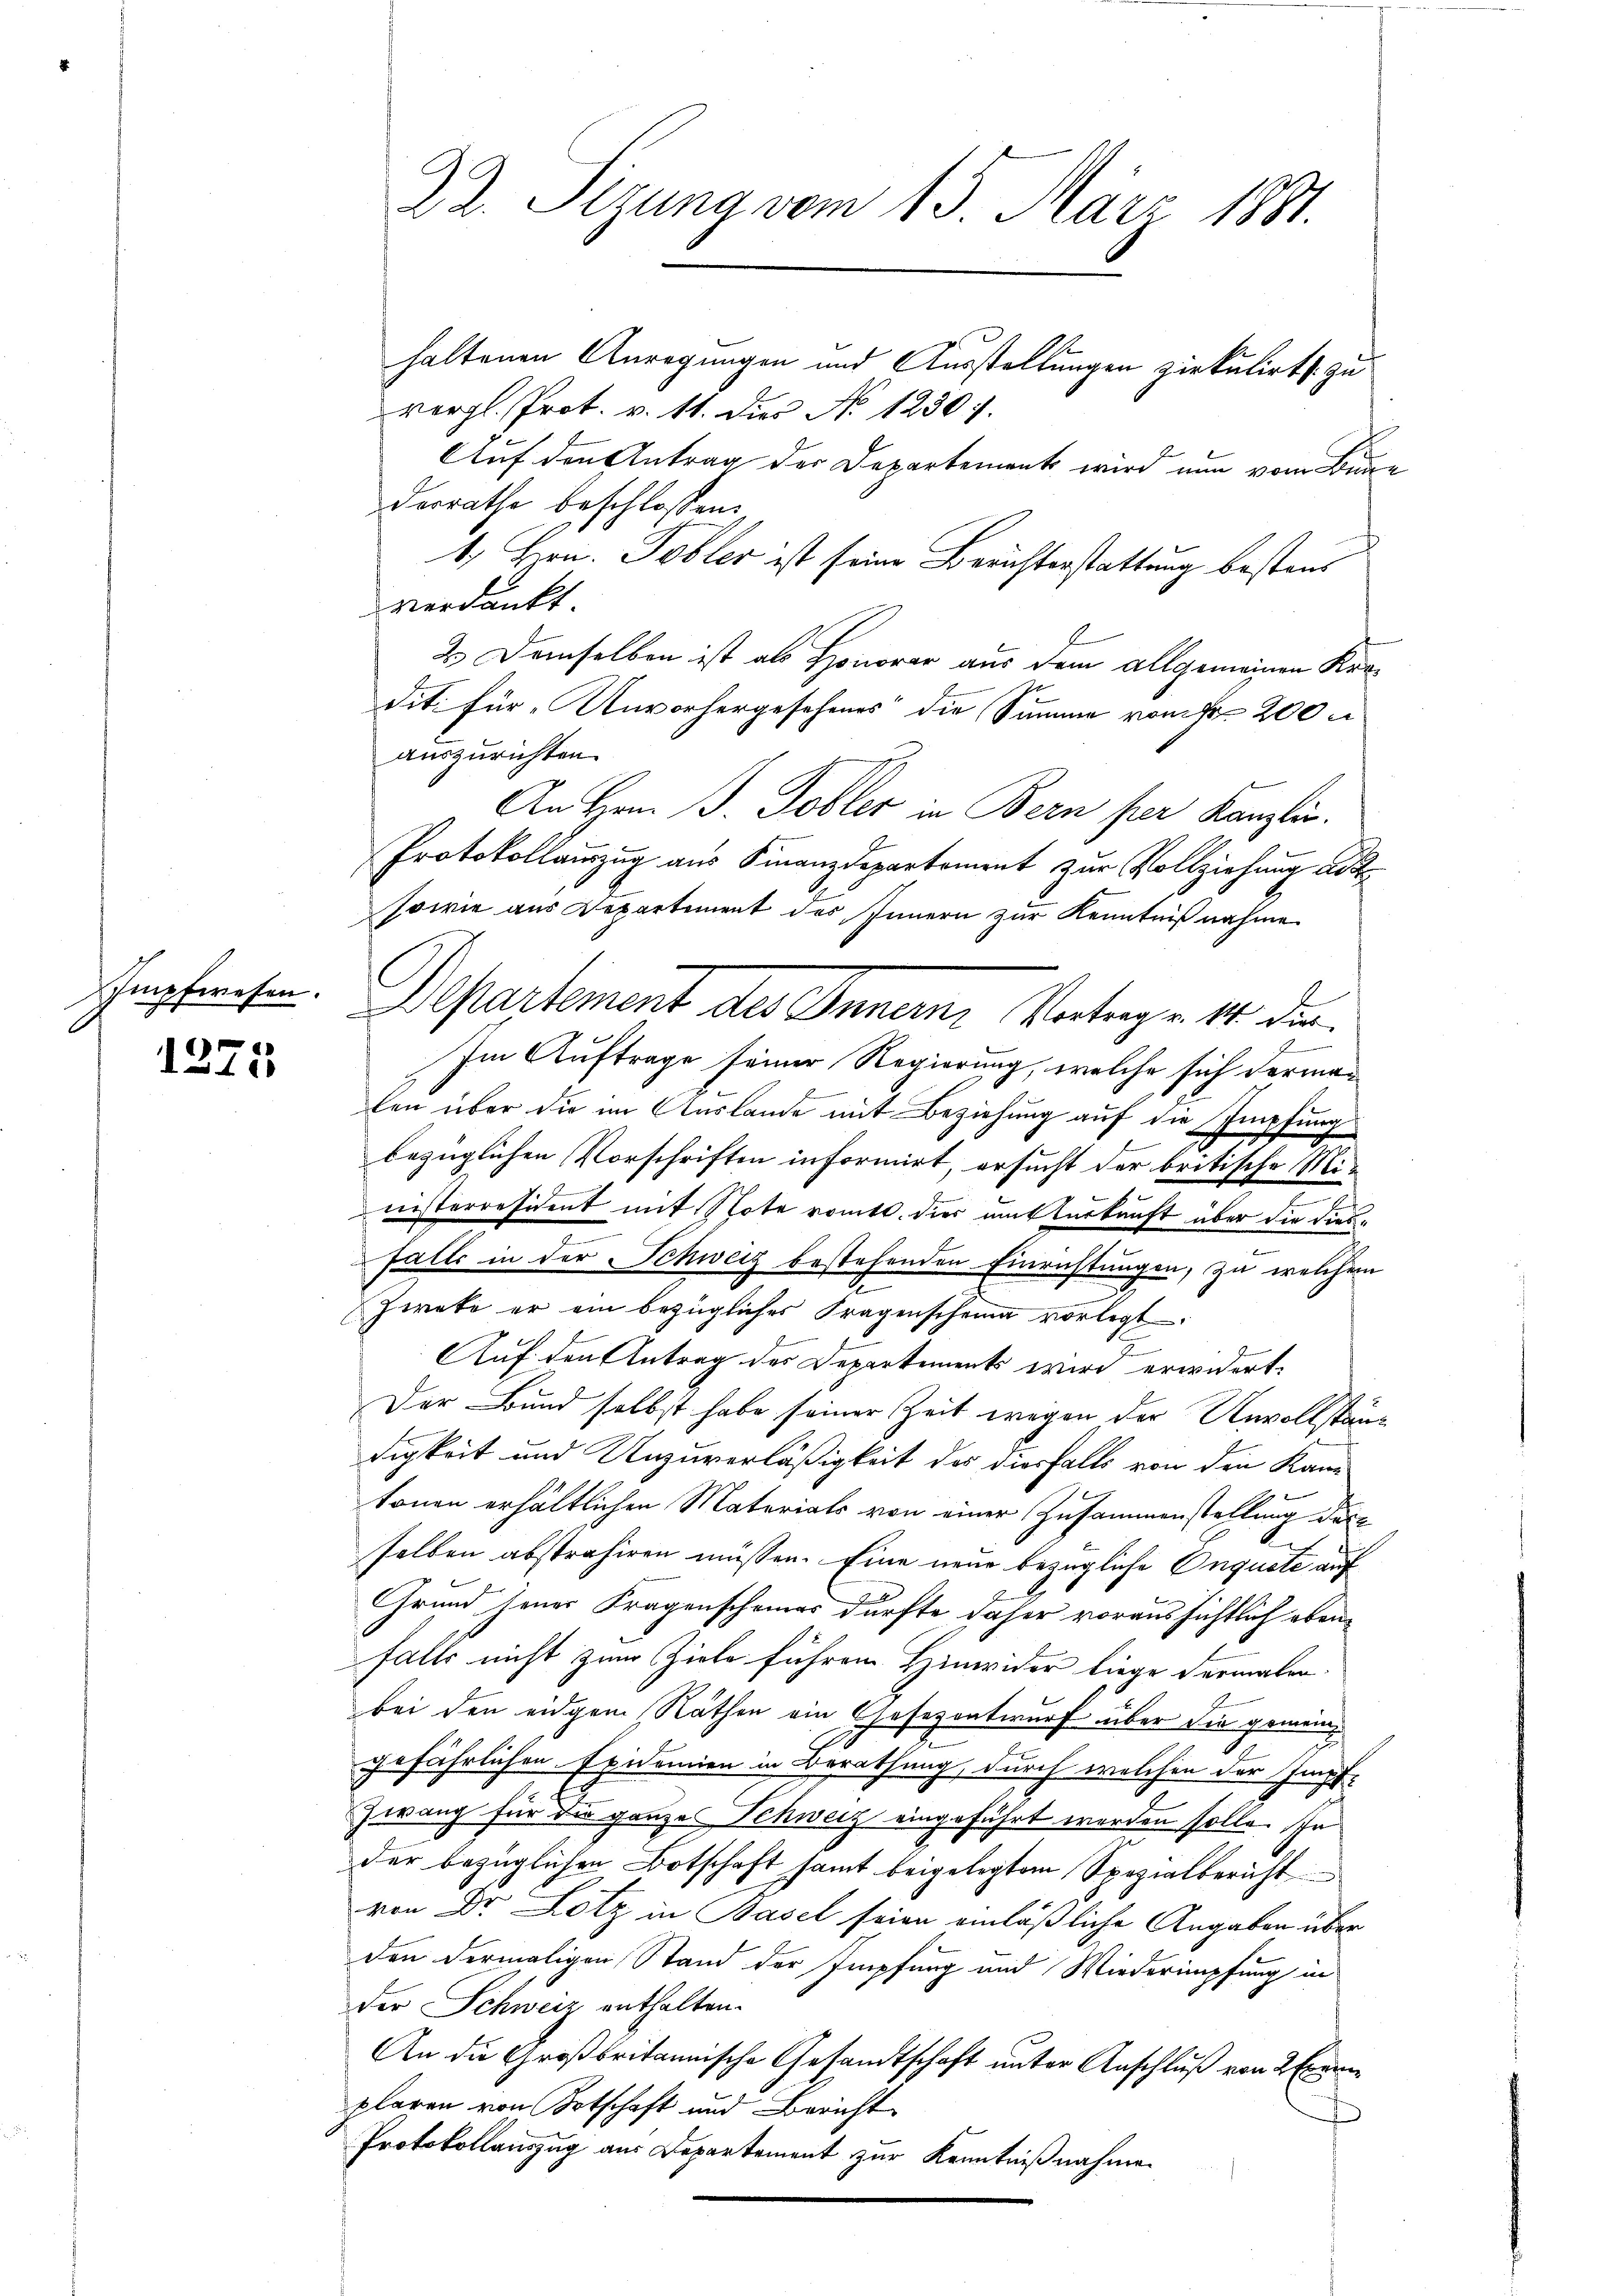
Impfwesen.
f

1215

22. Sizung vom 15. März 1881.

haltenen Anregungen und Ausstellungen zirkulirt zu
vergl. Prot. v. 11. Dies No 1230 f.
Auf den Antrag der Departement wird nun vom Bundesrathe beschlossen:
1.) Bern. Tobler ist seine Berichterstattung bestens
verdankt
2.) Demselben ist als Honorar aus dem allgemeinen Krodit. für „Unvorhergesehenes die Summe vom Fr. 200 u
auszurichten.
An Hrn. J. Tobler in Bern per Kanzlin.
Protokollauszug aus Finanzdepartement zur Vollziehung ad
sowie aus Departement des Innern zur Kenntnißnahme.
.
Im Auftrage seiner Regierung, welche sich dermalen über die im Auslande mit Beziehung auf die Impfung
bezüglichen Vorschriften informirt, ersucht der britische Mie
.
nisterresident mit Stote romtt. dies mitterkunft über die diese
Falle in der Schweiz bestehenden Einrichtungen, zu welchem
Zwete er ein bezügliches Fragenscheine vorlegt.
Auf den Antrag des Departements wird erwidert.
Der Bund selbst habe seiner Zeit wegen der Unvollständigkeit und Unzuverläßigkeit des diesfalls von den Kan
tonen erhältlichen Materials von einer Zusammenstellung der
selben abstrahiren müssen. Eine neue bezügliche Onquete auf
Grund jener Fragenscheines dürfte daher voraussichtlich ebenfalls nicht zum Ziele führen Hinwider liege dermalen.
bei den eidgem Räthen ein Gesezentwurf über die gemeingefährlichen Epidemien in Berathung, durch welchen der Impf¬
Zwang für die ganzes Schweiz eingeführt werden solle. In
der bezüglichen Botschaft samt beigelegtem Spezialbericht
von Dr. Lotz in Basel seien einläßliche Angaben über
den dermaligen Stand der Empfung und Wiederimpfung in
der Schweiz enthalten.
An die Großbritannische Gesandtschaft unter Anschluß von 2 Exem
plaren von Botschaft und Bericht
Protokollauszug aus Departement zur Kenntnißnahmen
.

Departement des Inner Vertragen 14. die